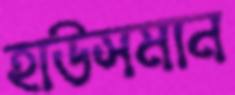
হাউসমান